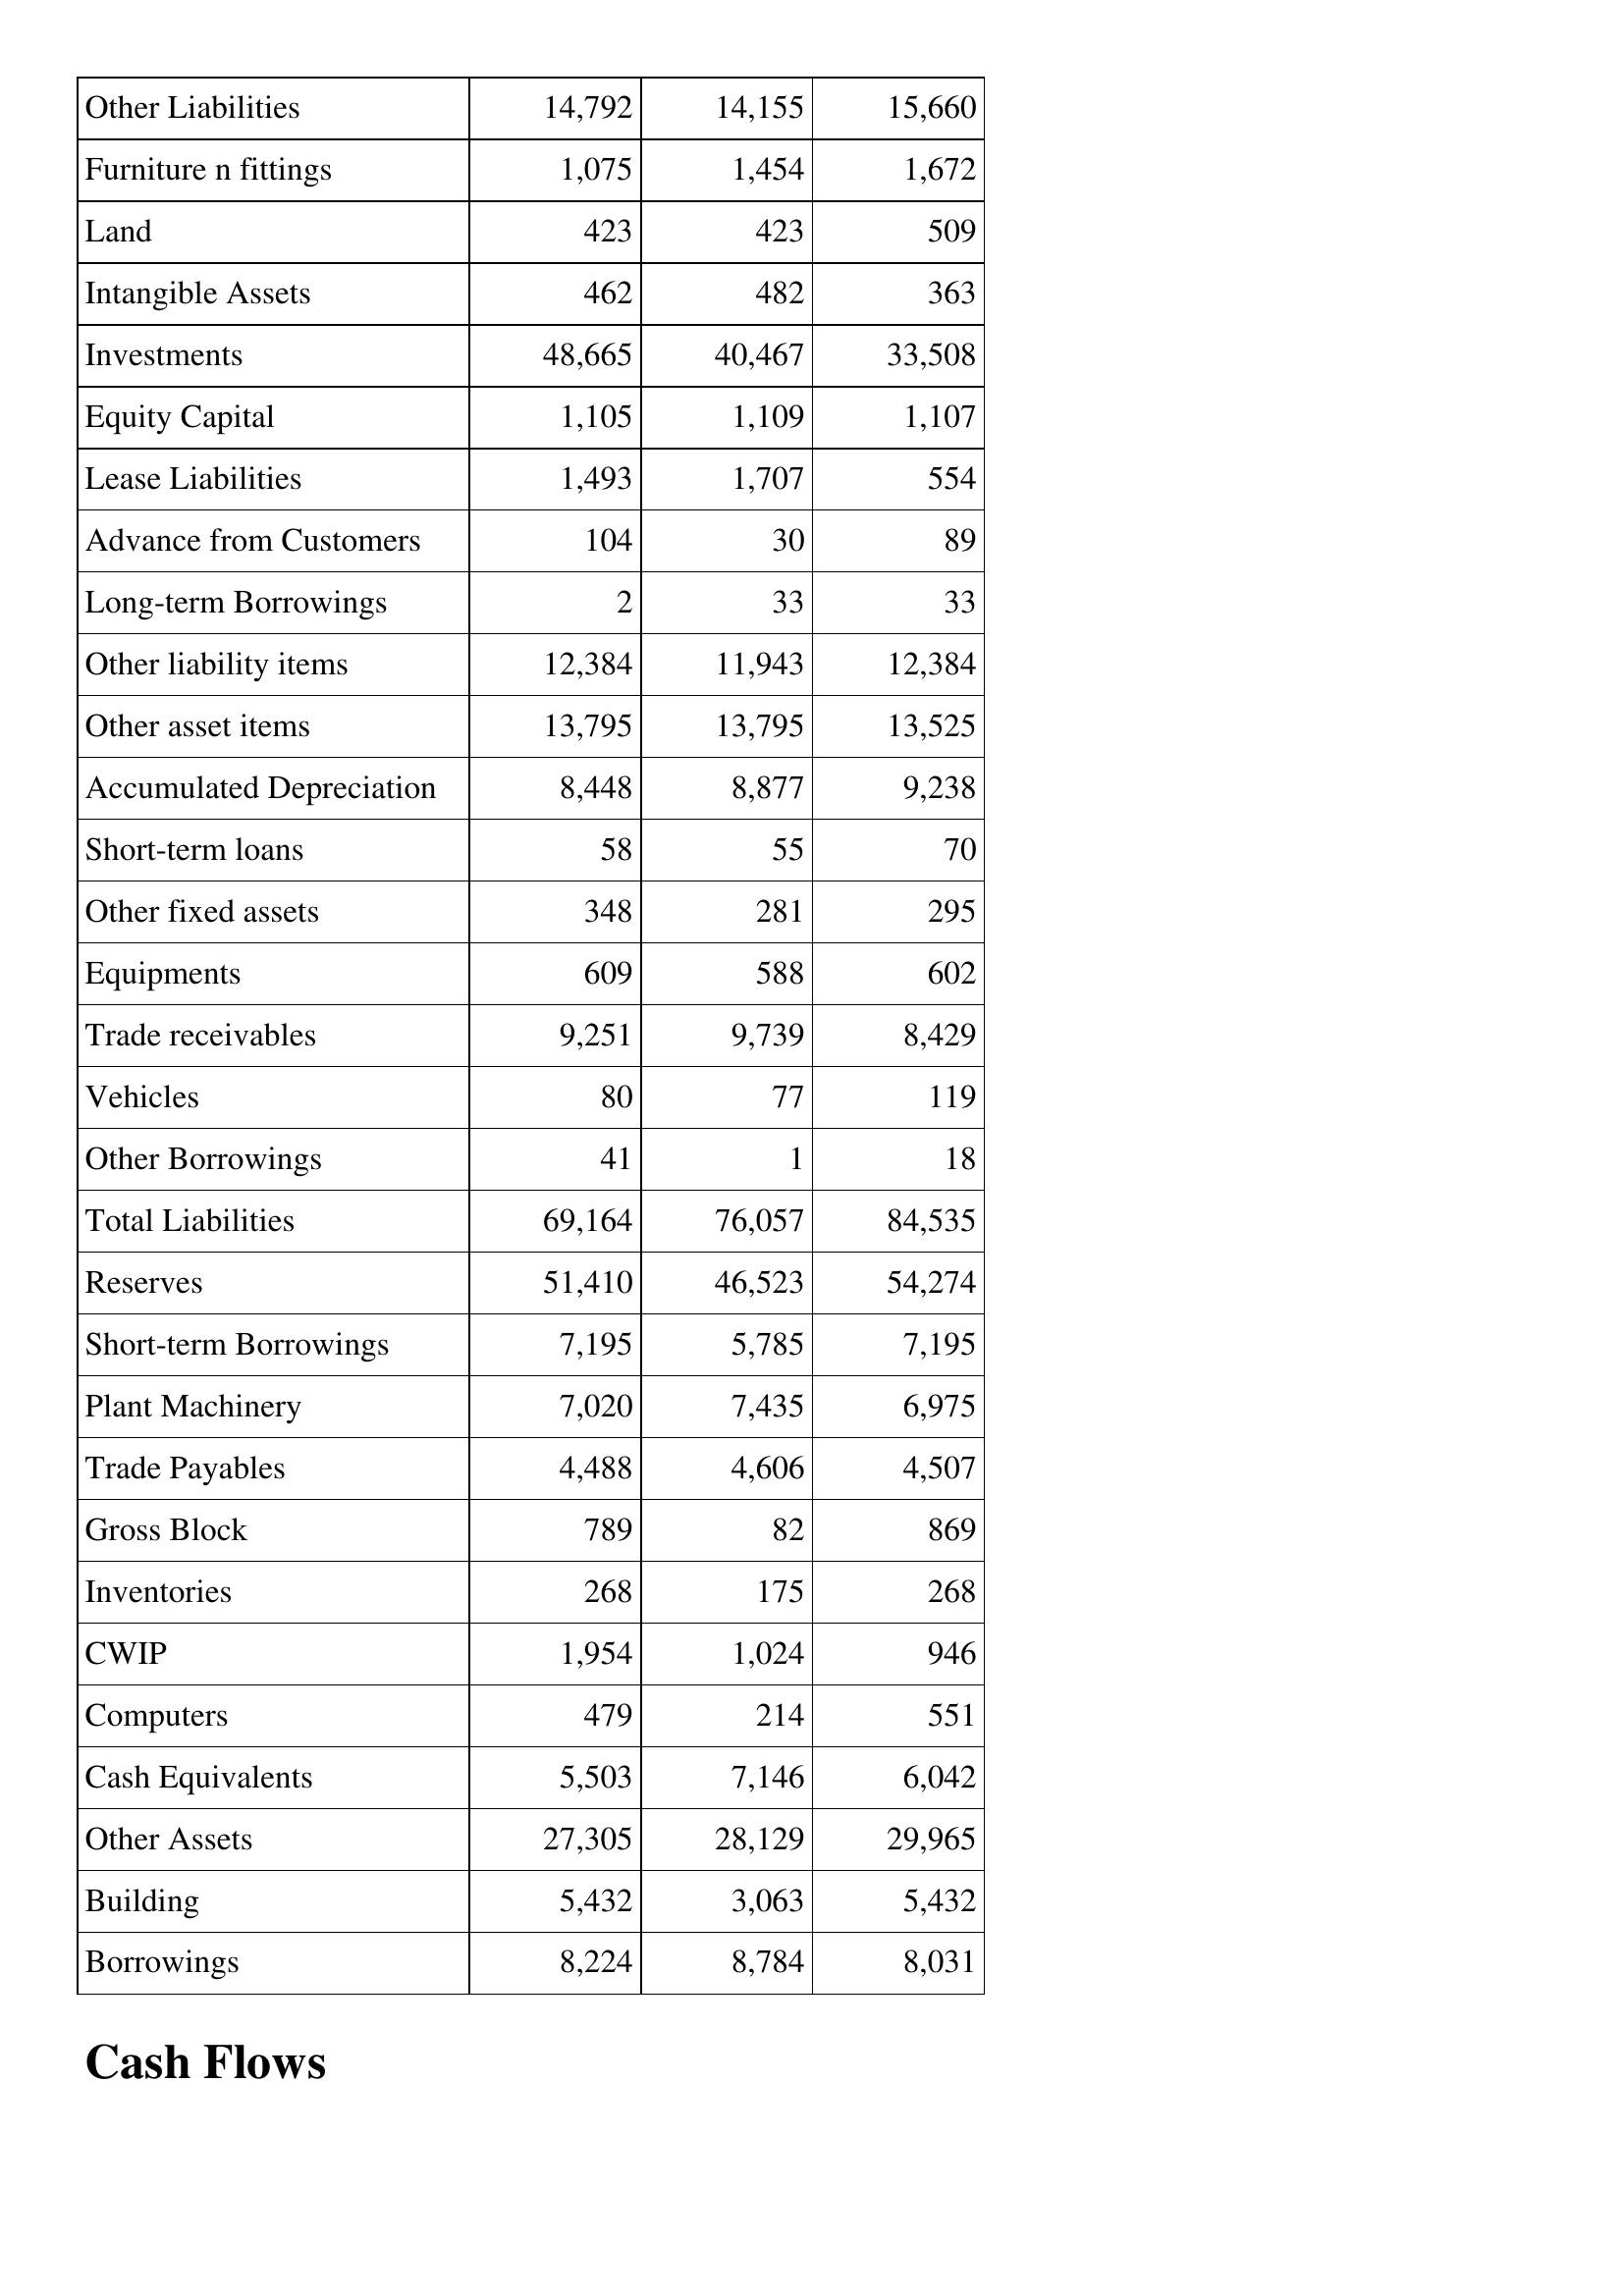
Mar-15: Balance Sheet: Other Liabilities: 14,792
Furniture n fittings: 1,075
Land: 423
Intangible Assets: 462
Investments: 48,665
Equity Capital: 1,105
Lease Liabilities: 1,493
Advance from Customers: 104
Long-term Borrowings: 2
Other liability items: 12,384
Other asset items: 13,795
Accumulated Depreciation: 8,448
Short-term loans: 58
Other fixed assets: 348
Equipments: 609
Trade receivables: 9,251
Vehicles: 80
Other Borrowings: 41
Total Liabilities: 69,164
Reserves: 51,410
Short-term Borrowings: 7,195
Plant Machinery: 7,020
Trade Payables: 4,488
Gross Block: 789
Inventories: 268
CWIP: 1,954
Computers: 479
Cash Equivalents: 5,503
Other Assets: 27,305
Building: 5,432
Borrowings: 8,224
Mar-14: Balance Sheet: Other Liabilities: 14,155
Furniture n fittings: 1,454
Land: 423
Intangible Assets: 482
Investments: 40,467
Equity Capital: 1,109
Lease Liabilities: 1,707
Advance from Customers: 30
Long-term Borrowings: 33
Other liability items: 11,943
Other asset items: 13,795
Accumulated Depreciation: 8,877
Short-term loans: 55
Other fixed assets: 281
Equipments: 588
Trade receivables: 9,739
Vehicles: 77
Other Borrowings: 1
Total Liabilities: 76,057
Reserves: 46,523
Short-term Borrowings: 5,785
Plant Machinery: 7,435
Trade Payables: 4,606
Gross Block: 82
Inventories: 175
CWIP: 1,024
Computers: 214
Cash Equivalents: 7,146
Other Assets: 28,129
Building: 3,063
Borrowings: 8,784
Mar-13: Balance Sheet: Other Liabilities: 15,660
Furniture n fittings: 1,672
Land: 509
Intangible Assets: 363
Investments: 33,508
Equity Capital: 1,107
Lease Liabilities: 554
Advance from Customers: 89
Long-term Borrowings: 33
Other liability items: 12,384
Other asset items: 13,525
Accumulated Depreciation: 9,238
Short-term loans: 70
Other fixed assets: 295
Equipments: 602
Trade receivables: 8,429
Vehicles: 119
Other Borrowings: 18
Total Liabilities: 84,535
Reserves: 54,274
Short-term Borrowings: 7,195
Plant Machinery: 6,975
Trade Payables: 4,507
Gross Block: 869
Inventories: 268
CWIP: 946
Computers: 551
Cash Equivalents: 6,042
Other Assets: 29,965
Building: 5,432
Borrowings: 8,031